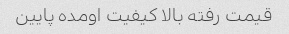
قیمت رفته بالا کیفیت اومده پایین